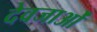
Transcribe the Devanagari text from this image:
देवजाओं